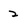
Character: 2